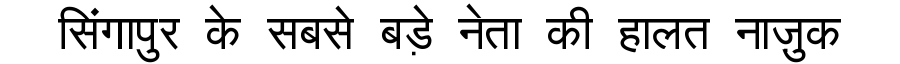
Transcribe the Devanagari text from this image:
सिंगापुर के सबसे बड़े नेता की हालत नाज़ुक